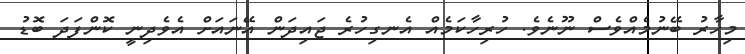
މިހާރު ބޭނުމެއްވެސް ނޫނެވެ. ހުރިހާކަމެއް އެނގިހުރެ ޖައިދަން އޭނައަށް އެވެދިނީ ކޮންފަދަ ބޮޑު